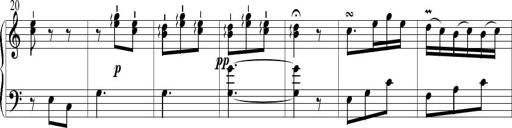
Title: 6 Leichte Sonatinen, Teil 1
Composer: F. Sigismund Sander